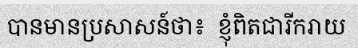
បានមានប្រសាសន៍ថា៖  ខ្ញុំពិតជារីករាយ